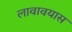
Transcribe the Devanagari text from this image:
लावावयास